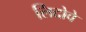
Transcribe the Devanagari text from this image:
लिदोवे